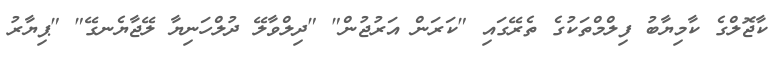
ކާޖޮލްގެ ކާމިޔާބު ފިލްމްތަކުގެ ތެރޭގައި "ކަރަން އަރުޖުން" "ދިލްވާލޭ ދުލްހަނިޔާ ލޭޖާޔެނގޭ" "ޕިޔާރު